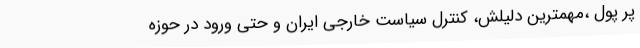
پر پول ،مهمترین دلیلش، کنترل سیاست خارجی ایران و حتی ورود در حوزه